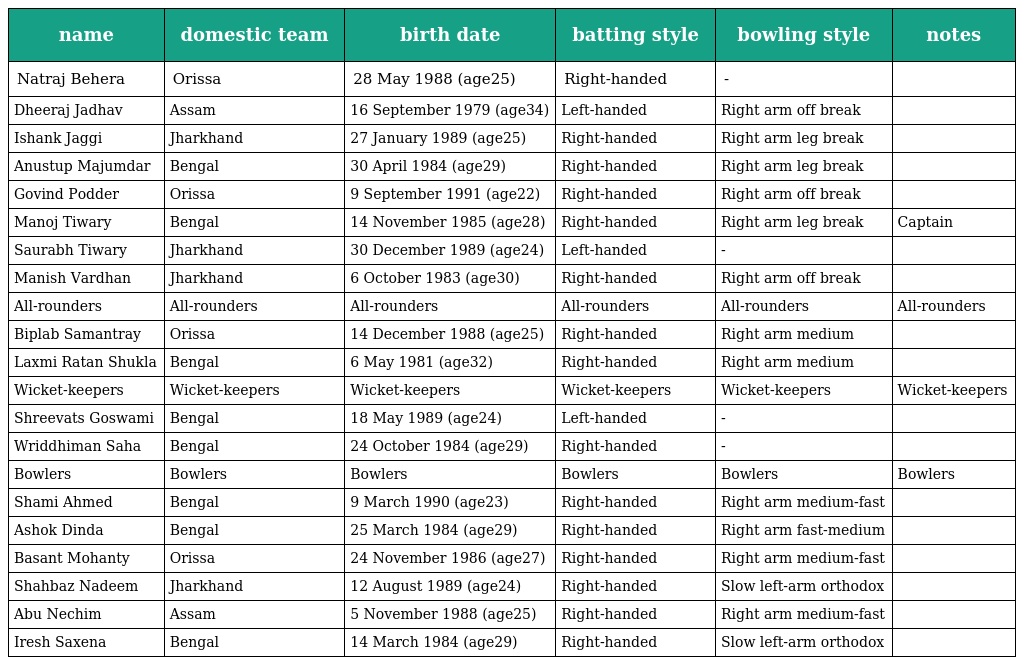
| name | domestic team | birth date | batting style | bowling style | notes |
 | --- | --- | --- | --- | --- | --- |
 | Natraj Behera | Orissa | 28 May 1988 (age25) | Right-handed | - |  |
 | Dheeraj Jadhav | Assam | 16 September 1979 (age34) | Left-handed | Right arm off break |  |
 | Ishank Jaggi | Jharkhand | 27 January 1989 (age25) | Right-handed | Right arm leg break |  |
 | Anustup Majumdar | Bengal | 30 April 1984 (age29) | Right-handed | Right arm leg break |  |
 | Govind Podder | Orissa | 9 September 1991 (age22) | Right-handed | Right arm off break |  |
 | Manoj Tiwary | Bengal | 14 November 1985 (age28) | Right-handed | Right arm leg break | Captain |
 | Saurabh Tiwary | Jharkhand | 30 December 1989 (age24) | Left-handed | - |  |
 | Manish Vardhan | Jharkhand | 6 October 1983 (age30) | Right-handed | Right arm off break |  |
 | All-rounders | All-rounders | All-rounders | All-rounders | All-rounders | All-rounders |
 | Biplab Samantray | Orissa | 14 December 1988 (age25) | Right-handed | Right arm medium |  |
 | Laxmi Ratan Shukla | Bengal | 6 May 1981 (age32) | Right-handed | Right arm medium |  |
 | Wicket-keepers | Wicket-keepers | Wicket-keepers | Wicket-keepers | Wicket-keepers | Wicket-keepers |
 | Shreevats Goswami | Bengal | 18 May 1989 (age24) | Left-handed | - |  |
 | Wriddhiman Saha | Bengal | 24 October 1984 (age29) | Right-handed | - |  |
 | Bowlers | Bowlers | Bowlers | Bowlers | Bowlers | Bowlers |
 | Shami Ahmed | Bengal | 9 March 1990 (age23) | Right-handed | Right arm medium-fast |  |
 | Ashok Dinda | Bengal | 25 March 1984 (age29) | Right-handed | Right arm fast-medium |  |
 | Basant Mohanty | Orissa | 24 November 1986 (age27) | Right-handed | Right arm medium-fast |  |
 | Shahbaz Nadeem | Jharkhand | 12 August 1989 (age24) | Right-handed | Slow left-arm orthodox |  |
 | Abu Nechim | Assam | 5 November 1988 (age25) | Right-handed | Right arm medium-fast |  |
 | Iresh Saxena | Bengal | 14 March 1984 (age29) | Right-handed | Slow left-arm orthodox |  |